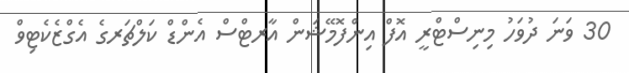
30 ވަނަ ދުވަހު މިނިސްޓްރީ އޮފް އިންފޮމޭޝަން އާރޓްސް އެންޑް ކަލްޗަރގެ އެގްޒެކެޓިވް